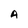
Character: A